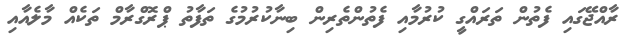
ރާއްޖޭގައި ފެތުން ތަރައްގީ ކުރުމާއި ފެތުންތެރިން ބިނާކުރުމުގެ ތަފާތު ޕްރޮގްރާމް ތަކެއް މާލެއާއި